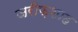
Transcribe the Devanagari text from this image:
जरीफ़शाह